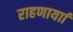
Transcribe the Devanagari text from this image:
राहणार्याा